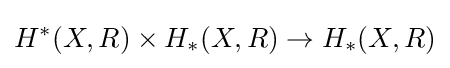
H^{*}(X,R)\times H_{*}(X,R)\to H_{*}(X,R)